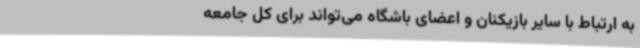
به ارتباط با سایر بازیکنان و اعضای باشگاه می‌تواند برای کل جامعه